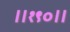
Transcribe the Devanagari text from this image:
॥१९०॥